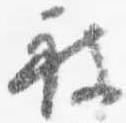
被